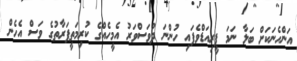
އަންހެނަކަށް ބަލާ ނަމަ ޕީރިއަޑްވެފައި ހުންނަ ދުވަސްވަރު އެމީހެއްގެ ކުރިމަތީފަރާތުގެ ވަސް އެހެން